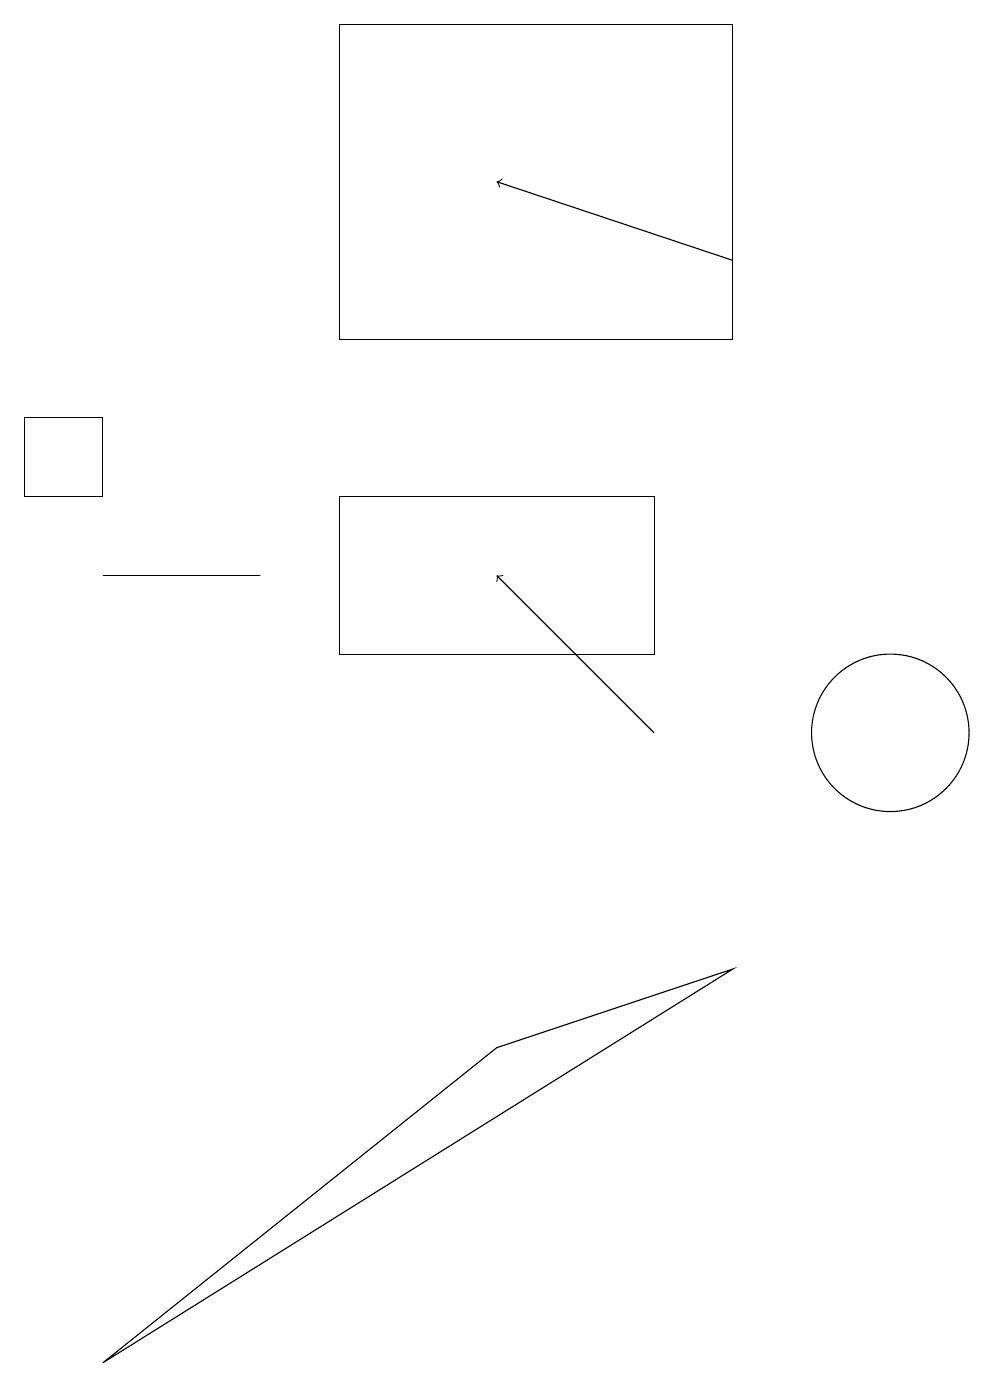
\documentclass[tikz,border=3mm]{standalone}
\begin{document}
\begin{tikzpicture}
\draw (8,11) rectangle (4,13);
\draw[->] (9,16) -- (6,17);
\draw (1,14) rectangle (0,13);
\draw (3,12) rectangle (1,12);
\draw[->] (8,10) -- (6,12);
\draw (4,19) rectangle (9,15);
\draw (11,10) circle (1);
\draw (6,6) -- (9,7) -- (1,2) -- cycle;
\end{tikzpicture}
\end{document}